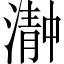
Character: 𬈴